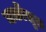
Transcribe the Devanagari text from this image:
मर्कोसुल